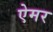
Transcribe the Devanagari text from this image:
ऐमर